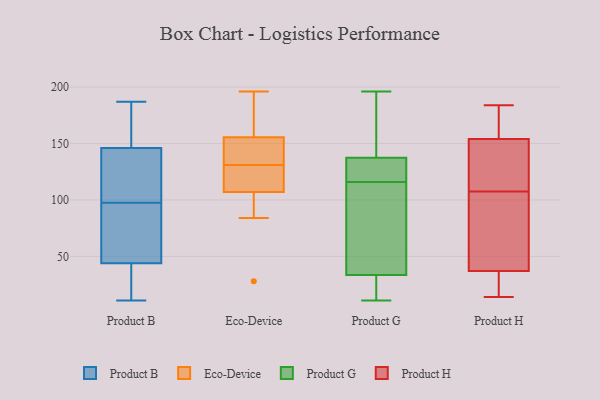
{"axis": {"x": "Page Views", "y": "Value"}, "legend": ["Eco-Device", "Product B", "Product G", "Product H"], "data": [{"x": "", "y": 155, "type": "Product B"}, {"x": "", "y": 38, "type": "Product B"}, {"x": "", "y": 110, "type": "Product B"}, {"x": "", "y": 11, "type": "Product B"}, {"x": "", "y": 102, "type": "Product B"}, {"x": "", "y": 138, "type": "Product B"}, {"x": "", "y": 69, "type": "Product B"}, {"x": "", "y": 50, "type": "Product B"}, {"x": "", "y": 26, "type": "Product B"}, {"x": "", "y": 104, "type": "Product B"}, {"x": "", "y": 187, "type": "Product B"}, {"x": "", "y": 164, "type": "Product B"}, {"x": "", "y": 154, "type": "Product B"}, {"x": "", "y": 13, "type": "Product B"}, {"x": "", "y": 62, "type": "Product B"}, {"x": "", "y": 93, "type": "Product B"}, {"x": "", "y": 138, "type": "Eco-Device"}, {"x": "", "y": 151, "type": "Eco-Device"}, {"x": "", "y": 170, "type": "Eco-Device"}, {"x": "", "y": 28, "type": "Eco-Device"}, {"x": "", "y": 157, "type": "Eco-Device"}, {"x": "", "y": 84, "type": "Eco-Device"}, {"x": "", "y": 106, "type": "Eco-Device"}, {"x": "", "y": 131, "type": "Eco-Device"}, {"x": "", "y": 119, "type": "Eco-Device"}, {"x": "", "y": 110, "type": "Eco-Device"}, {"x": "", "y": 196, "type": "Eco-Device"}, {"x": "", "y": 126, "type": "Product G"}, {"x": "", "y": 13, "type": "Product G"}, {"x": "", "y": 176, "type": "Product G"}, {"x": "", "y": 196, "type": "Product G"}, {"x": "", "y": 114, "type": "Product G"}, {"x": "", "y": 65, "type": "Product G"}, {"x": "", "y": 130, "type": "Product G"}, {"x": "", "y": 125, "type": "Product G"}, {"x": "", "y": 23, "type": "Product G"}, {"x": "", "y": 30, "type": "Product G"}, {"x": "", "y": 37, "type": "Product G"}, {"x": "", "y": 145, "type": "Product G"}, {"x": "", "y": 118, "type": "Product G"}, {"x": "", "y": 11, "type": "Product G"}, {"x": "", "y": 101, "type": "Product G"}, {"x": "", "y": 171, "type": "Product G"}, {"x": "", "y": 154, "type": "Product H"}, {"x": "", "y": 172, "type": "Product H"}, {"x": "", "y": 88, "type": "Product H"}, {"x": "", "y": 145, "type": "Product H"}, {"x": "", "y": 116, "type": "Product H"}, {"x": "", "y": 99, "type": "Product H"}, {"x": "", "y": 131, "type": "Product H"}, {"x": "", "y": 184, "type": "Product H"}, {"x": "", "y": 62, "type": "Product H"}, {"x": "", "y": 14, "type": "Product H"}, {"x": "", "y": 30, "type": "Product H"}, {"x": "", "y": 173, "type": "Product H"}, {"x": "", "y": 37, "type": "Product H"}, {"x": "", "y": 17, "type": "Product H"}]}